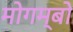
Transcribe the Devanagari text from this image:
मोगम्बो